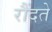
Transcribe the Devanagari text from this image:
रौंदते